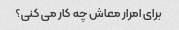
برای امرار معاش چه کار می کنی؟